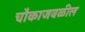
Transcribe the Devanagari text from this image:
चौकाजवळील